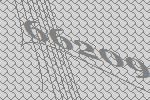
66209